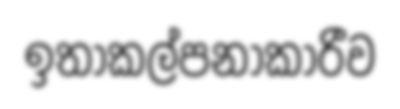
ඉතාකල්පනාකාරීව